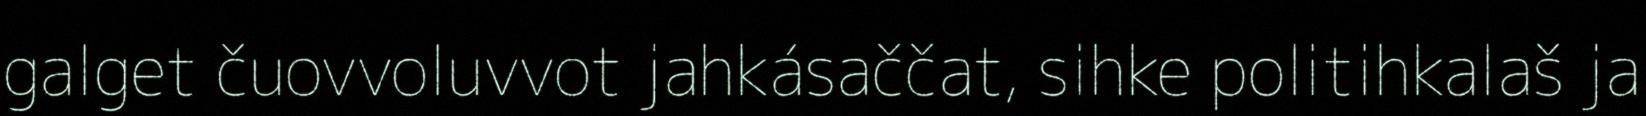
galget čuovvoluvvot jahkásaččat, sihke politihkalaš ja